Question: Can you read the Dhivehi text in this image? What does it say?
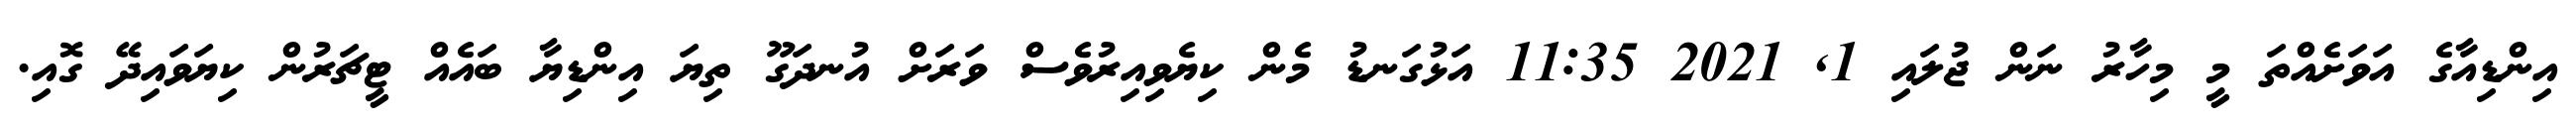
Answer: އިންޑިއާގެ އަވަށެއްތަ މީ މިހާރު ނަން ޖުލައި 1, 2021 11:35 އަޅުގަނޑު މެން ކިޔެވިއިރުވެސް ވަރަށް އުނދަގޫ ތިޔަ އިންޑިޔާ ބައެއް ޓީޗަރުން ކިޔަވައިދޭ ގޮއި.